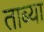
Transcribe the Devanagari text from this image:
ताब्या